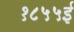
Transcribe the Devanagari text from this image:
१८५५ई